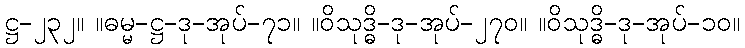
ဋ္ဌ-၂၃၂။ ။ဓမ္မ-ဋ္ဌ-ဒု-အုပ်-၇၁။ ။ဝိသုဒ္ဓိ-ဒု-အုပ်-၂၇၀။ ။ဝိသုဒ္ဓိ-ဒု-အုပ်-၁၀။